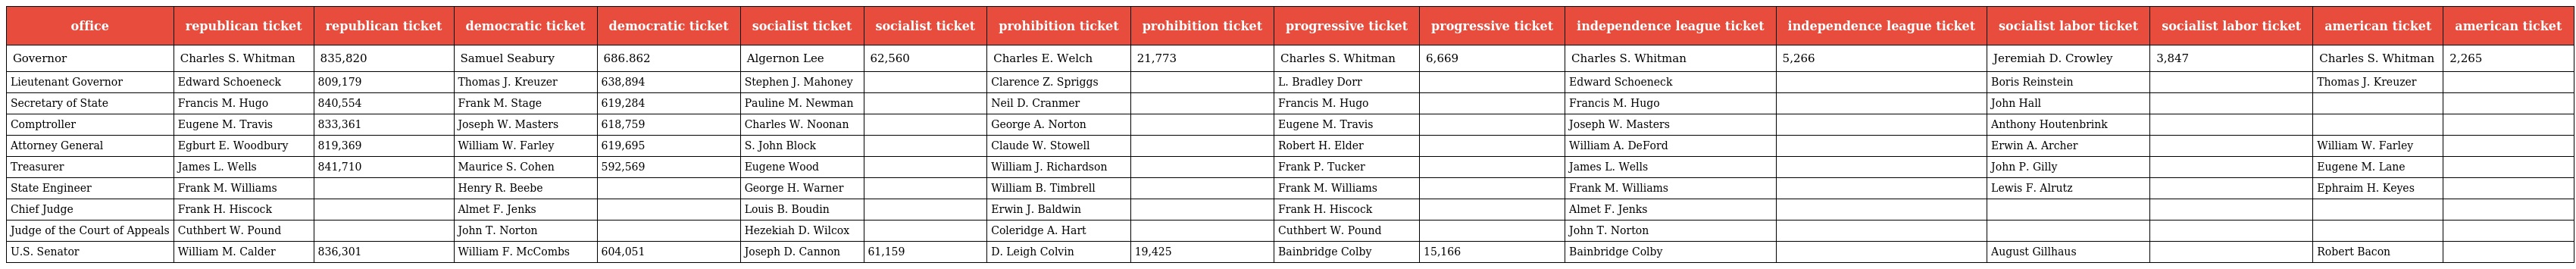
| office | republican ticket | republican ticket | democratic ticket | democratic ticket | socialist ticket | socialist ticket | prohibition ticket | prohibition ticket | progressive ticket | progressive ticket | independence league ticket | independence league ticket | socialist labor ticket | socialist labor ticket | american ticket | american ticket |
 | --- | --- | --- | --- | --- | --- | --- | --- | --- | --- | --- | --- | --- | --- | --- | --- | --- |
 | Governor | Charles S. Whitman | 835,820 | Samuel Seabury | 686.862 | Algernon Lee | 62,560 | Charles E. Welch | 21,773 | Charles S. Whitman | 6,669 | Charles S. Whitman | 5,266 | Jeremiah D. Crowley | 3,847 | Charles S. Whitman | 2,265 |
 | Lieutenant Governor | Edward Schoeneck | 809,179 | Thomas J. Kreuzer | 638,894 | Stephen J. Mahoney |  | Clarence Z. Spriggs |  | L. Bradley Dorr |  | Edward Schoeneck |  | Boris Reinstein |  | Thomas J. Kreuzer |  |
 | Secretary of State | Francis M. Hugo | 840,554 | Frank M. Stage | 619,284 | Pauline M. Newman |  | Neil D. Cranmer |  | Francis M. Hugo |  | Francis M. Hugo |  | John Hall |  |  |  |
 | Comptroller | Eugene M. Travis | 833,361 | Joseph W. Masters | 618,759 | Charles W. Noonan |  | George A. Norton |  | Eugene M. Travis |  | Joseph W. Masters |  | Anthony Houtenbrink |  |  |  |
 | Attorney General | Egburt E. Woodbury | 819,369 | William W. Farley | 619,695 | S. John Block |  | Claude W. Stowell |  | Robert H. Elder |  | William A. DeFord |  | Erwin A. Archer |  | William W. Farley |  |
 | Treasurer | James L. Wells | 841,710 | Maurice S. Cohen | 592,569 | Eugene Wood |  | William J. Richardson |  | Frank P. Tucker |  | James L. Wells |  | John P. Gilly |  | Eugene M. Lane |  |
 | State Engineer | Frank M. Williams |  | Henry R. Beebe |  | George H. Warner |  | William B. Timbrell |  | Frank M. Williams |  | Frank M. Williams |  | Lewis F. Alrutz |  | Ephraim H. Keyes |  |
 | Chief Judge | Frank H. Hiscock |  | Almet F. Jenks |  | Louis B. Boudin |  | Erwin J. Baldwin |  | Frank H. Hiscock |  | Almet F. Jenks |  |  |  |  |  |
 | Judge of the Court of Appeals | Cuthbert W. Pound |  | John T. Norton |  | Hezekiah D. Wilcox |  | Coleridge A. Hart |  | Cuthbert W. Pound |  | John T. Norton |  |  |  |  |  |
 | U.S. Senator | William M. Calder | 836,301 | William F. McCombs | 604,051 | Joseph D. Cannon | 61,159 | D. Leigh Colvin | 19,425 | Bainbridge Colby | 15,166 | Bainbridge Colby |  | August Gillhaus |  | Robert Bacon |  |